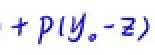
$+p(y_0 - z)$